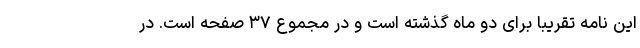
این نامه تقریباً‌ برای دو ماه گذشته است و در مجموع ۳۷ صفحه است. در